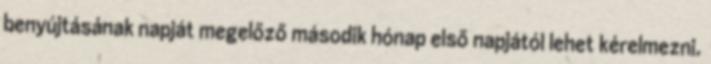
benyújtásának napját megelőző második hónap első napjától lehet kérelmezni.